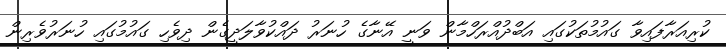
ކުރިއަރާފައިވާ ގައުމުތަކުގައި އަބްދުއްރަހްމާން ވަނީ އޭނާގެ ހުނަރު ދައްކުވާލަދީގެން ދިވެހި ގައުމުގައި ހުނަރުވެރިން